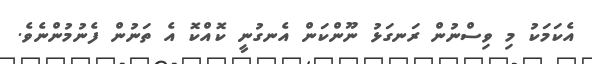
އެކަމަކު މި ވިސްނުން ރަނގަޅު ނޫންކަން އެނގުނީ ކޮއްކޮ އެ ތަނުން ފެނުމުންނެވެ.